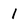
Character: 1